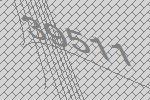
39511